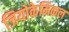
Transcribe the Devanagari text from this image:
जियोकेमिकल